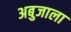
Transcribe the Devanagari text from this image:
अबुजाला